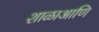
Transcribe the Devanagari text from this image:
शाळाआणि